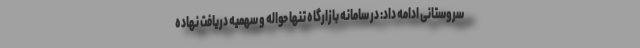
سروستانی ادامه داد: در سامانه بازارگاه تنها حواله و سهمیه دریافت نهاده